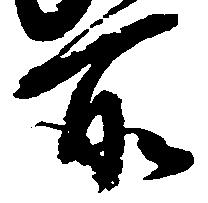
所